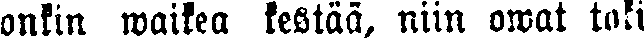
onkin waikea kestää, niin owat toki